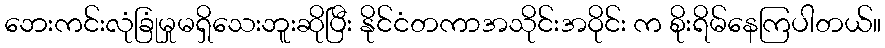
ဘေးကင်းလုံခြုံမှုမရှိသေးဘူးဆိုပြီး နိုင်ငံတကာအသိုင်းအဝိုင်း က စိုးရိမ်နေကြပါတယ်။